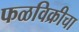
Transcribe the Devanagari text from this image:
फळविक्रीचा